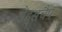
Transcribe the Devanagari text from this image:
लैंड्सचैप